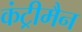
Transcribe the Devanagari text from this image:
कंट्रीमैन